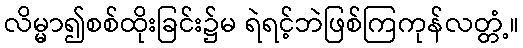
လိမ္မာ၍စစ်ထိုးခြင်း၌မ ရဲရင့်ဘဲဖြစ်ကြကုန်လတ္တံ့။